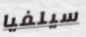
سيلفيا